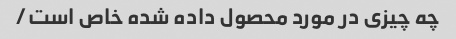
چه چیزی در مورد محصول داده شده خاص است/